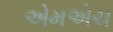
એમએચ